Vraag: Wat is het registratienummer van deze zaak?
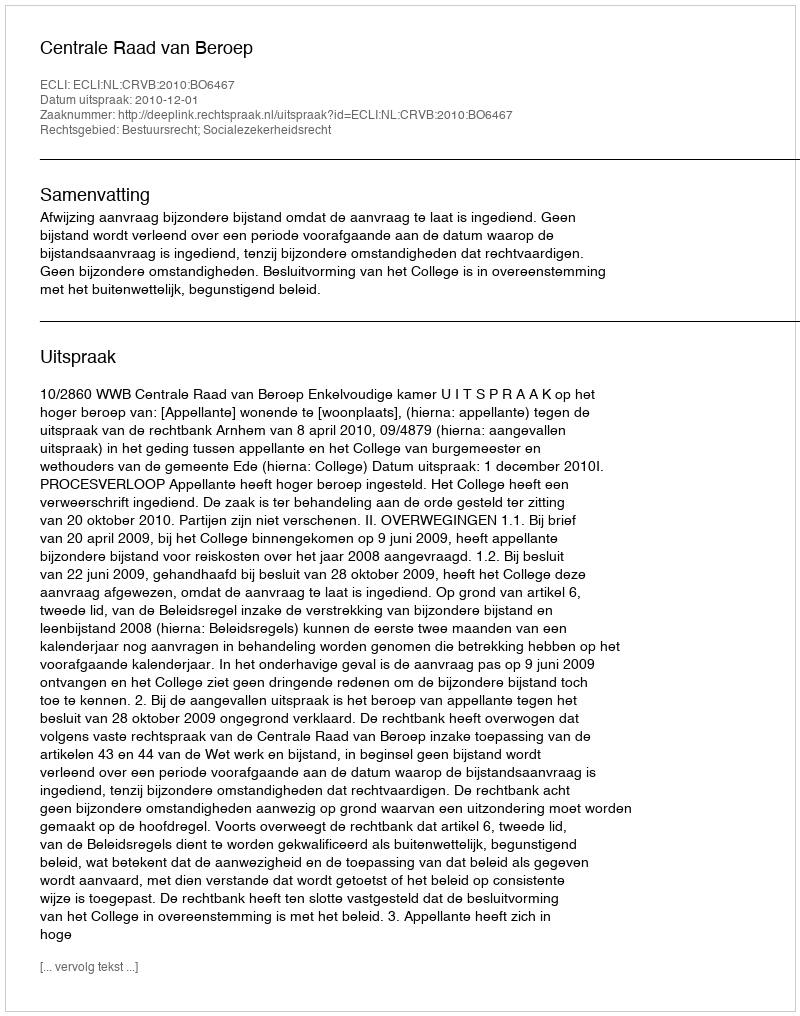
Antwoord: http://deeplink.rechtspraak.nl/uitspraak?id=ECLI:NL:CRVB:2010:BO6467